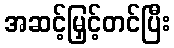
အဆင့်မြှင့်တင်ပြီး